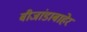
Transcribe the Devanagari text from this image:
बीजांडाबाहेर